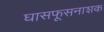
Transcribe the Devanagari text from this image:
घासफूसनाशक